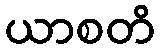
ယာစတိ